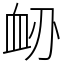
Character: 䘐